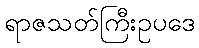
ရာဇသတ်ကြီးဥပဒေ